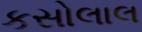
કસોલાલ